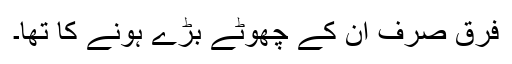
فرق صرف ان کے چھوٹے بڑے ہونے کا تھا۔